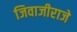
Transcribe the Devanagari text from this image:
जिवाजीराजे